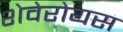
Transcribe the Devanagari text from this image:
शेवेरोयस